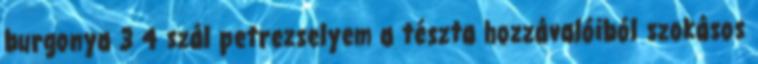
burgonya 3 4 szál petrezselyem a tészta hozzávalóiból szokásos